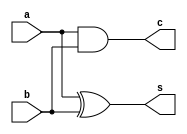
`timescale 1ns / 1ps
//////////////////////////////////////////////////////////////////////////////////
// Company: 
// Engineer: 
// 
// Design Name: 
// Module Name: HalfAdd
// Project Name: 
// Target Devices: 
// Tool Versions: 
// Description: 
// 
// Dependencies: 
// 
// Revision:
// Revision 0.01 - File Created
// Additional Comments:
// 
//////////////////////////////////////////////////////////////////////////////////


module HalfAdd(a,b,s,c);
input a;
input b;
output s;
output c;
 assign s = a^b;
 assign c = a&b;
endmodule